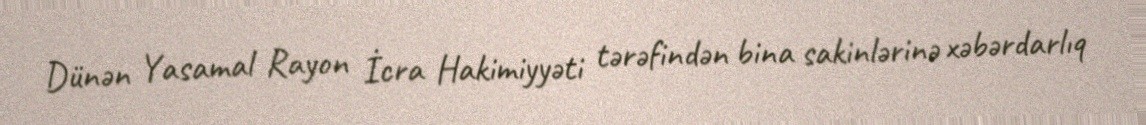
Dünən Yasamal Rayon İcra Hakimiyyəti tərəfindən bina sakinlərinə xəbərdarlıq